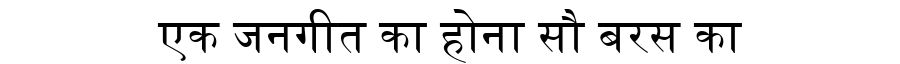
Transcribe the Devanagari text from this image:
एक जनगीत का होना सौ बरस का